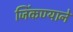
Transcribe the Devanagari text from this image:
जिंकण्याने